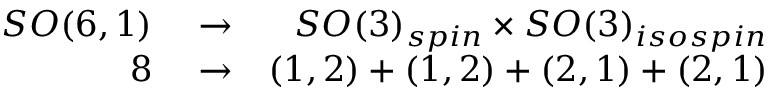
\begin{array} { r l r } { S O ( 6 , 1 ) } & { { } \rightarrow } & { S O ( 3 ) _ { s p i n } \times S O ( 3 ) _ { i s o s p i n } } \\ { 8 } & { { } \rightarrow } & { ( 1 , 2 ) + ( 1 , 2 ) + ( 2 , 1 ) + ( 2 , 1 ) } \end{array}